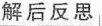
解后反思